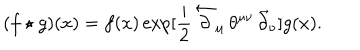
( f \star g ) ( x ) = f ( x ) \exp [ \frac { i } { 2 } \, \overleftarrow { \partial } _ { \mu } \, \theta ^ { \mu \nu } \, \overrightarrow { \partial } _ { \nu } ] g ( x ) .